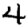
Digit: 4